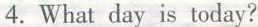
4.What day is today?